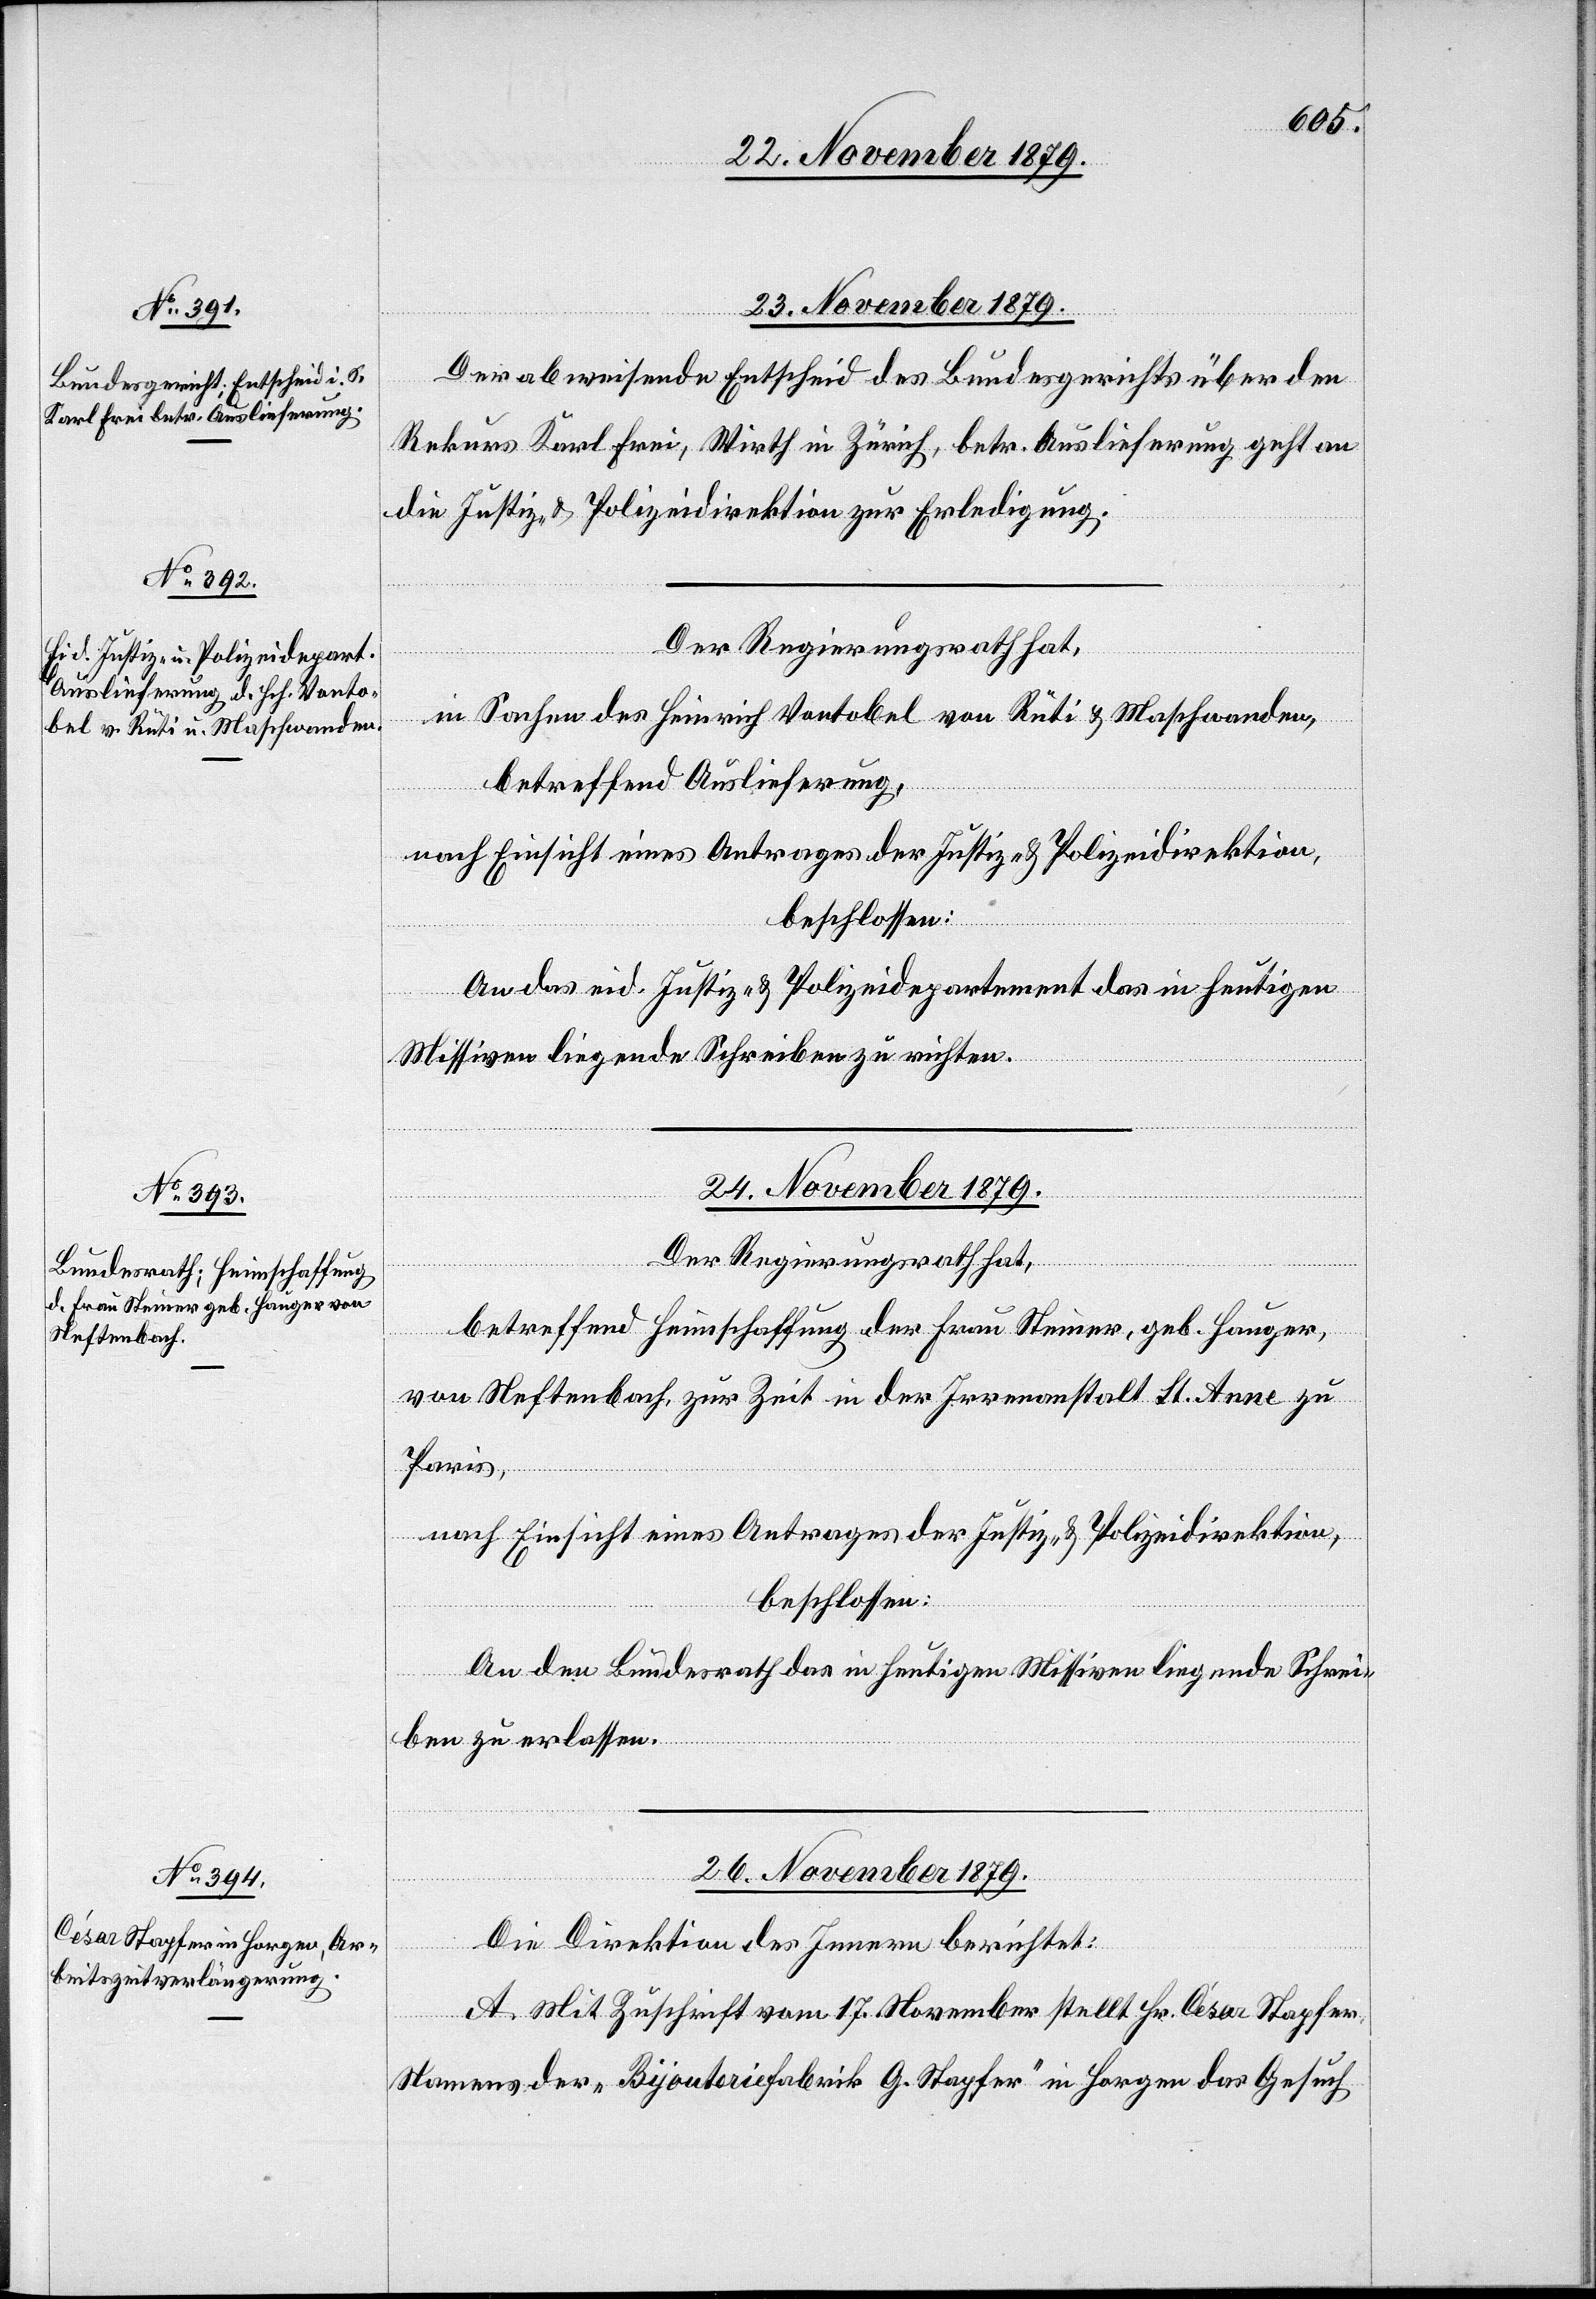
23. November 1879.]
Der abweisende Entscheid des Bundesgerichts über den
Rekurs Karl Frei, Wirth in Zürich, betr. Auslieferung geht an
die Justiz- & Polizeidirektion zur Erledigung.
Der Regierungsrath hat,
in Sachen des Heinrich Vontobel von Rüti & Maschwanden,
betreffend Auslieferung,
nach Einsicht eines Antrages der Justiz- & Polizeidirektion,
beschlossen:
An das eid. Justiz- & Polizeidepartement das in heutigen
Missiven liegende Schreiben zu richten.
24. November 1879.
Der Regierungsrath hat,
betreffend Heimschaffung der Frau Steiner, geb. Hauger,
von Neftenbach, zur Zeit in der Irrenanstalt St. Anne zu
Paris,
nach Einsicht eines Antrages der Justiz- & Polizeidirektion,
beschlossen:
An den Bundesrath das in heutigen Missiven liegende Schrei¬
ben zu erlassen.
26. November 1879.
Die Direktion des Innern berichtet:
A. Mit Zuschrift vom 17. November stellt Hr. César Stapfer
Namens der „Bijouteriefabrik G. Stapfer“ in Horgen das Gesuch